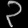
Digit: ၃